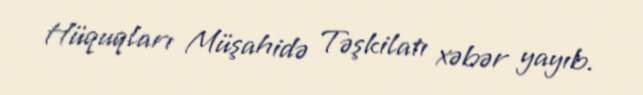
Hüquqları Müşahidə Təşkilatı xəbər yayıb.